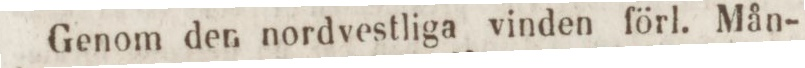
Genom den nordvestliga vinden förl. Mån-